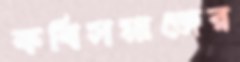
কবিসমাজের